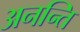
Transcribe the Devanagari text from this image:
अनन्ति